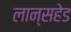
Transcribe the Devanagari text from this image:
लान्सहेड